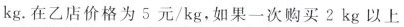
kg。在乙店价格为5元/kg，如果一次购买2kg以上